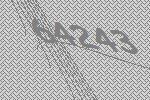
64243